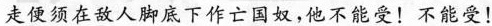
走便须在敌人脚底下作亡国奴，他不能受！不能受！